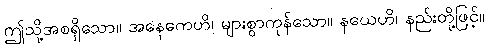
ဤသို့အစရှိသော။ အနေကေဟိ၊ များစွာကုန်သော။ နယေဟိ၊ နည်းတို့ဖြင့်။